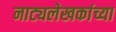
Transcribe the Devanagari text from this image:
नाट्यलेखकांच्या